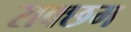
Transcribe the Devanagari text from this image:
राक्छम